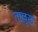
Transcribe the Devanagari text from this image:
ताल्लुख़